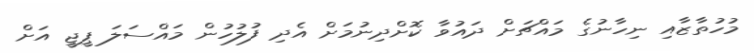
މުހުތާޒާއި ނިހާނުގެ މައްޗަށް ދައުވާ ކޮށްދިނުމަށް އެދި ފުލުހުން މައްސަލަ ޕީޖީ އަށް